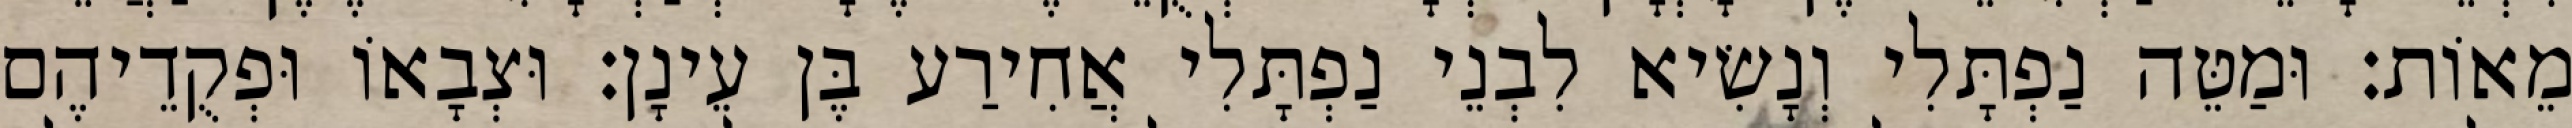
מֵאוֹת׃ וּמַטֵּה נַפְתָּלִי וְנָשִׂיא לִבְנֵי נַפְתָּלִי אֲחִירַע בֶּן עֵינָן׃ וּצְבָאוֹ וּפְקֻדֵיהֶם